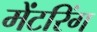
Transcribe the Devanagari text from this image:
मेंटरिंग